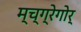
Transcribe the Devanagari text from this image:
म्च्ग्रेगोर्